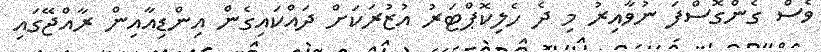
ވެސް ގެންގޮސްފަ ނުވާއިރު މި ދެ ހެލިކޮޕްޓަރު އުޒުރަކަށް ދައްކައިގެން އިންޑިއާއިން ރާއްޖޭގައި